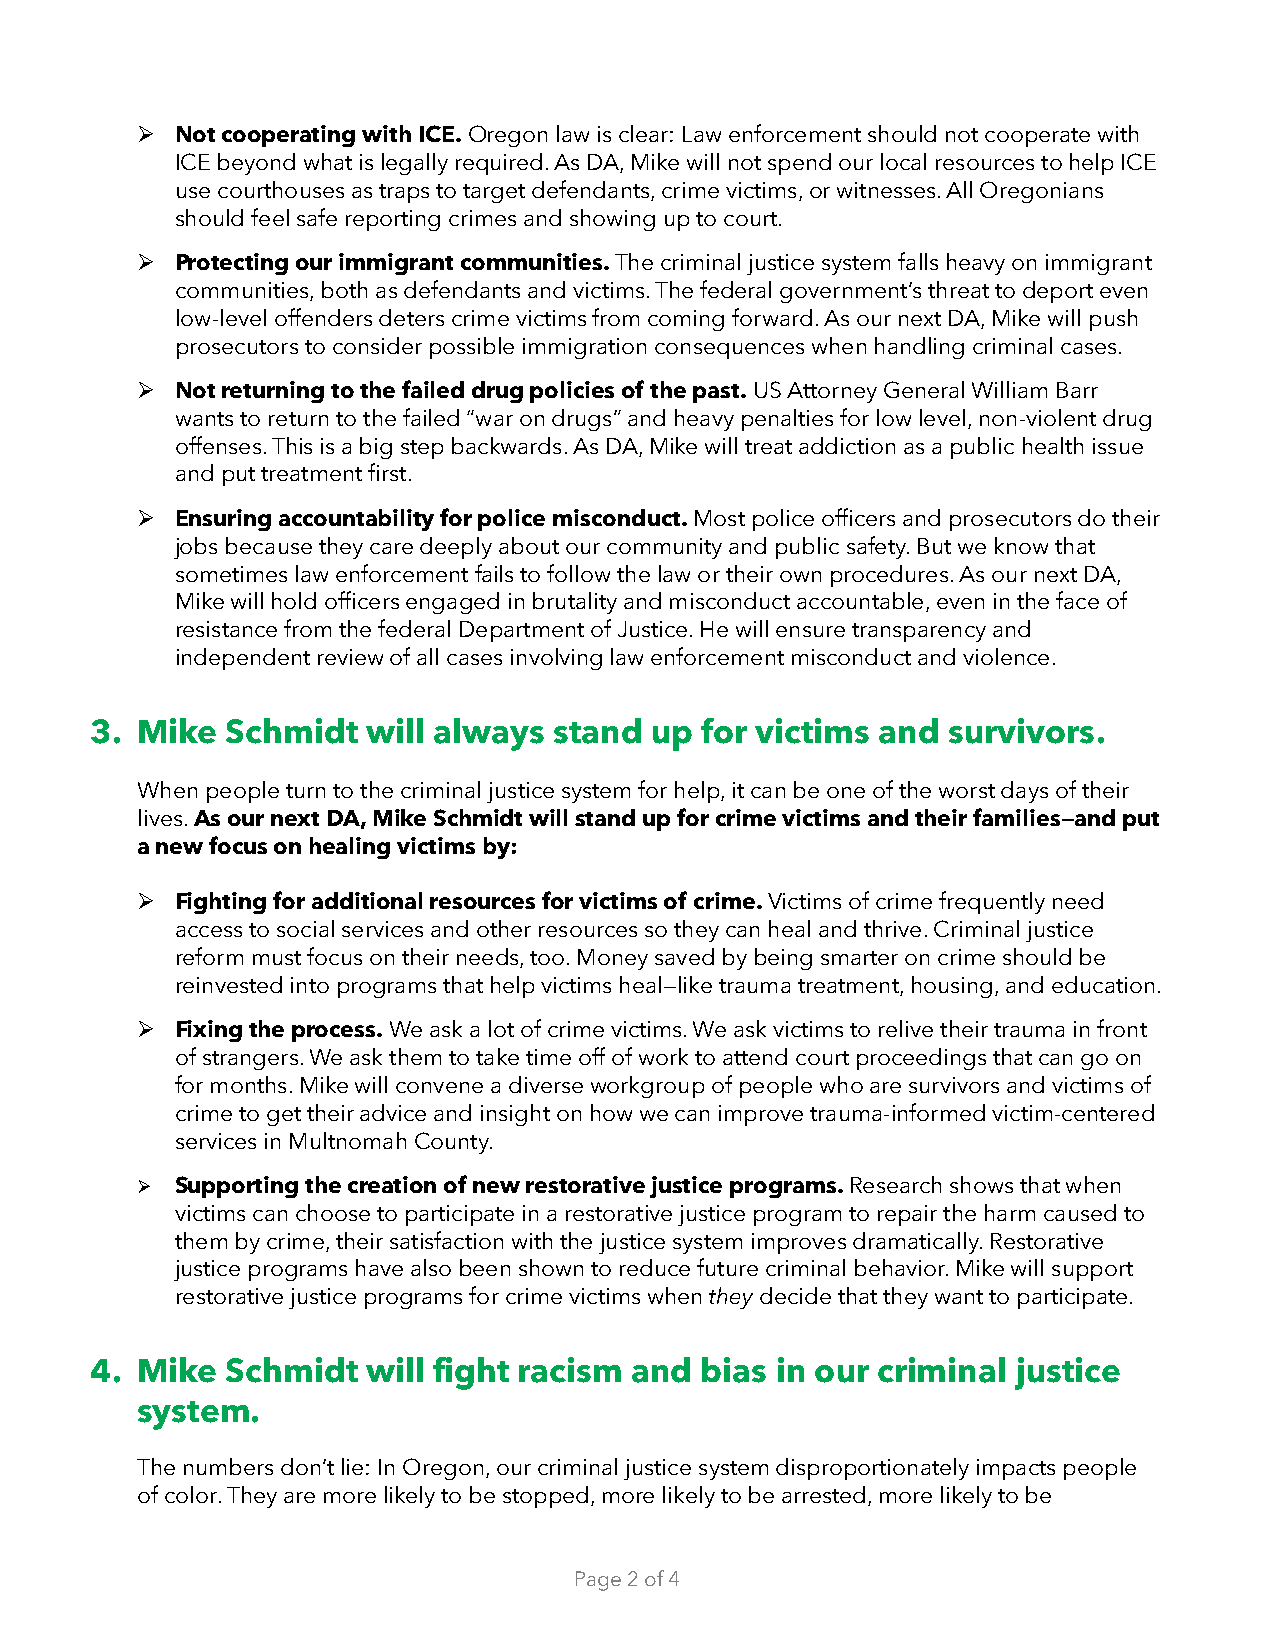
➢  Not cooperating with ICE. Oregon law is clear: Law enforcement should not cooperate with
 ICE beyond what is legally required. As DA, Mike will not spend our local resources to help ICE
 use courthouses as traps to target defendants, crime victims, or witnesses. All Oregonians
 should feel safe reporting crimes and showing up to court.
 ➢  Protecting our immigrant communities. The criminal justice system falls heavy on immigrant
 communities, both as defendants and victims. The federal government’s threat to deport even
 low-level offenders deters crime victims from coming forward. As our next DA, Mike will push
 prosecutors to consider possible immigration consequences when handling criminal cases.
 ➢  Not returning to the failed drug policies of the past. US Attorney General William Barr
 wants to return to the failed “war on drugs” and heavy penalties for low level, non-violent drug
 offenses. This is a big step backwards. As DA, Mike will treat addiction as a public health issue
 and put treatment first.
 ➢  Ensuring accountability for police misconduct. Most police officers and prosecutors do their
 jobs because they care deeply about our community and public safety. But we know that
 sometimes law enforcement fails to follow the law or their own procedures. As our next DA,
 Mike will hold officers engaged in brutality and misconduct accountable, even in the face of
 resistance from the federal Department of Justice. He will ensure transparency and
 independent review of all cases involving law enforcement misconduct and violence.
 3. Mike  Schmidt  will always  stand up for victims and  survivors.
 When people turn to the criminal justice system for help, it can be one of the worst days of their
 lives. As our next DA, Mike Schmidt will stand up for crime victims and their families—and put
 a new focus on healing victims by:
 ➢  Fighting for additional resources for victims of crime. Victims of crime frequently need
 access to social services and other resources so they can heal and thrive. Criminal justice
 reform must focus on their needs, too. Money saved by being smarter on crime should be
 reinvested into programs that help victims heal—like trauma treatment, housing, and education.
 ➢  Fixing the process. We ask a lot of crime victims. We ask victims to relive their trauma in front
 of strangers. We ask them to take time off of work to attend court proceedings that can go on
 for months. Mike will convene a diverse workgroup of people who are survivors and victims of
 crime to get their advice and insight on how we can improve trauma-informed victim-centered
 services in Multnomah County.
 ➢  Supporting the creation of new restorative justice programs. Research shows that when
 victims can choose to participate in a restorative justice program to repair the harm caused to
 them by crime, their satisfaction with the justice system improves dramatically. Restorative
 justice programs have also been shown to reduce future criminal behavior. Mike will support
 restorative justice programs for crime victims when they decide that they want to participate.
 4. Mike  Schmidt  will fight racism and bias in our criminal justice
 system.
 The numbers don’t lie: In Oregon, our criminal justice system disproportionately impacts people
 of color. They are more likely to be stopped, more likely to be arrested, more likely to be
 Page 2 of 4